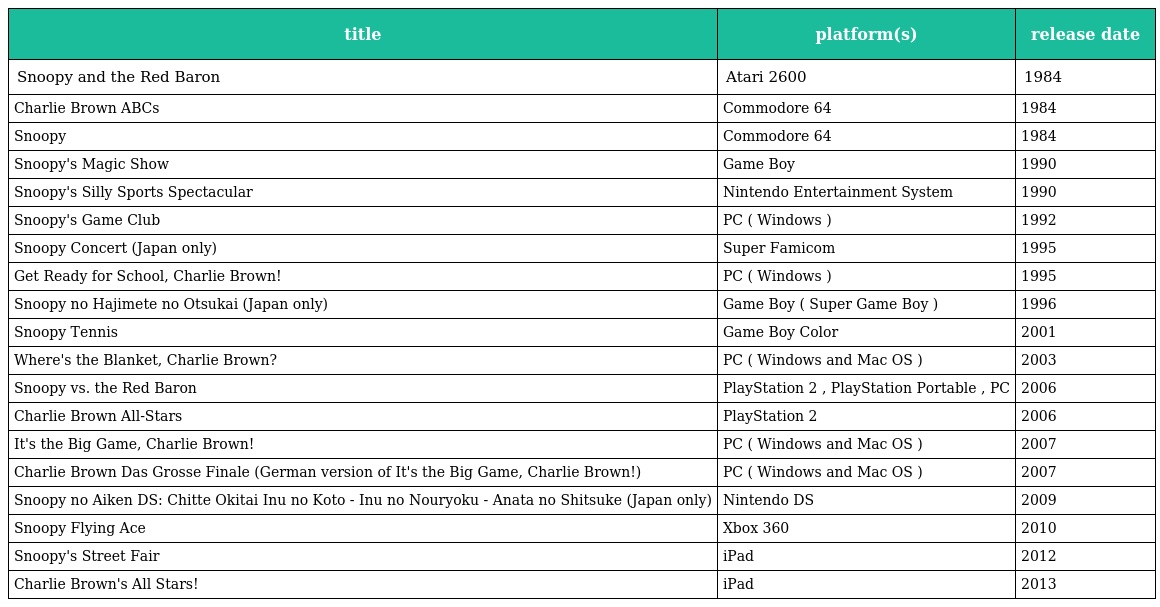
| title | platform(s) | release date |
 | --- | --- | --- |
 | Snoopy and the Red Baron | Atari 2600 | 1984 |
 | Charlie Brown ABCs | Commodore 64 | 1984 |
 | Snoopy | Commodore 64 | 1984 |
 | Snoopy's Magic Show | Game Boy | 1990 |
 | Snoopy's Silly Sports Spectacular | Nintendo Entertainment System | 1990 |
 | Snoopy's Game Club | PC ( Windows ) | 1992 |
 | Snoopy Concert (Japan only) | Super Famicom | 1995 |
 | Get Ready for School, Charlie Brown! | PC ( Windows ) | 1995 |
 | Snoopy no Hajimete no Otsukai (Japan only) | Game Boy ( Super Game Boy ) | 1996 |
 | Snoopy Tennis | Game Boy Color | 2001 |
 | Where's the Blanket, Charlie Brown? | PC ( Windows and Mac OS ) | 2003 |
 | Snoopy vs. the Red Baron | PlayStation 2 , PlayStation Portable , PC | 2006 |
 | Charlie Brown All-Stars | PlayStation 2 | 2006 |
 | It's the Big Game, Charlie Brown! | PC ( Windows and Mac OS ) | 2007 |
 | Charlie Brown Das Grosse Finale (German version of It's the Big Game, Charlie Brown!) | PC ( Windows and Mac OS ) | 2007 |
 | Snoopy no Aiken DS: Chitte Okitai Inu no Koto - Inu no Nouryoku - Anata no Shitsuke (Japan only) | Nintendo DS | 2009 |
 | Snoopy Flying Ace | Xbox 360 | 2010 |
 | Snoopy's Street Fair | iPad | 2012 |
 | Charlie Brown's All Stars! | iPad | 2013 |